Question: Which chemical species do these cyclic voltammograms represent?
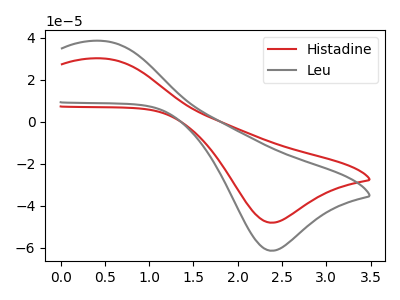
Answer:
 <answer>The red curve is labeled "Histadine". The gray curve is labeled "Leu".</answer>
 <eval></eval>